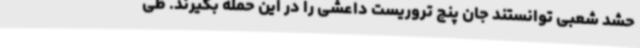
حشد شعبی توانستند جان پنج تروریست داعشی را در این حمله بگیرند. طی